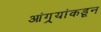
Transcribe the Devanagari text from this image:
आंग्र्‌यांकडून